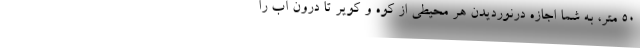
50 متر، به شما اجازه درنوردیدن هر محیطی از کوه و کویر تا درون آب را